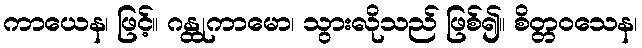
ကာယေန၊ ဖြင့်။ ဂန္ထုကာမော၊ သွားလိုသည် ဖြစ်၍။ စိတ္တဝသေန၊